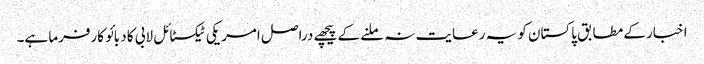
اخبار کے مطابق پاکستان کو یہ رعایت نہ ملنے کے پیچھے دراصل امریکی ٹیکسٹائل لابی کا دبائو کارفرما ہے۔